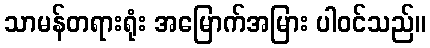
သာမန်တရားရုံး အမြောက်အမြား ပါဝင်သည်။